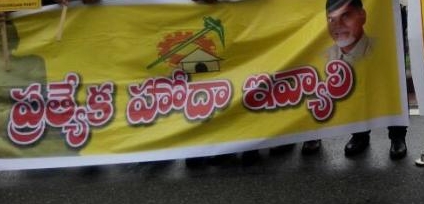
Language: telugu
Transcription: హోదా ఇవ్యాలి ప్రత్యేక